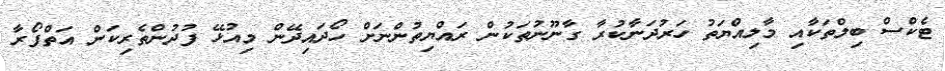
ޓެކްސް ބިލްތަކާއި މާލިއްޔަތު ހަރުދަނާކުރާ ގާނޫނުތަކުން ރައްޔިތުންނަށް ހޯދައިދޭން މިއުޅޭ ފުދުންތެރިކަން އަތްފޯރާ